Vaccine operations Central Provinces 1886-1899 - 1886-1899
Year: 1886
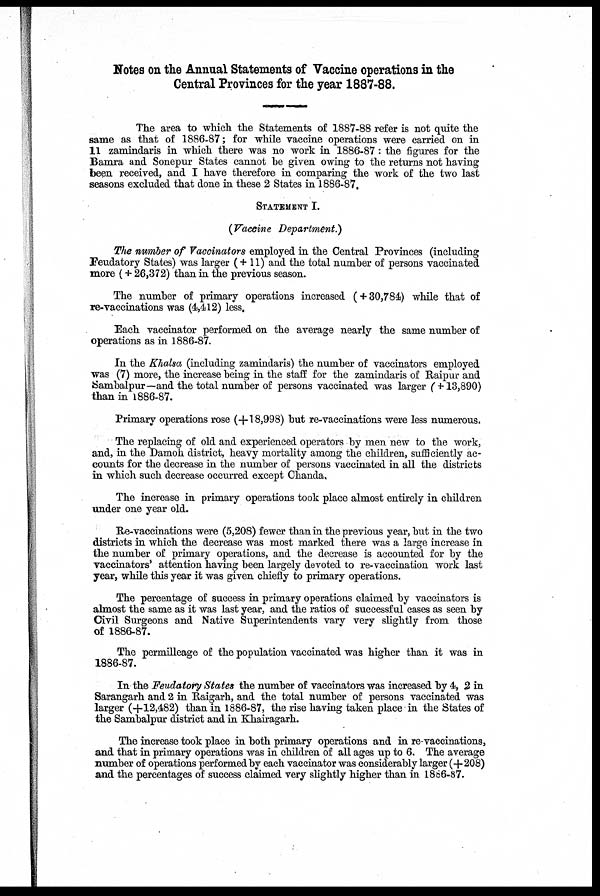
Notes on the Annual Statements of Vaccine operations in the
Central Provinces for the year 1887-88.
The area to which the Statements of 1887-88 refer is not quite the
same as that of 1886-87; for while vaccine operations were carried on in
11 zamindaris in which there was no work in 1886-87 : the figures for the
Bamra and Sonepur States cannot be given owing to the returns not having
been received, and I have therefore in comparing the work of the two last
seasons excluded that done in these 2 States in 1886-87.
STATEMENT I.
(Vaccine Department.)
The number of Vaccinators employed in the Central Provinces (including
Feudatory States) was larger (+11) and the total number of persons vaccinated
more (+ 26,372) than in the previous season.
The number of primary operations increased ( + 30,784) while that of
re-vaccinations was (4,412) less.
Each vaccinator performed on the average nearly the same number of
operations as in 1886-87.
In the Khalsa (including zamindaris) the number of vaccinators employed
was (7) more, the increase being in the staff for the zamindaris of Raipur and
Sambalpur—and the total number of persons vaccinated was larger ( +13,890)
than in 1886-87.
Primary operations rose (+18,998) but re-vaccinations were less numerous.
The replacing of old and experienced operators by men new to the work,
and, in the Damoh district, heavy mortality among the children, sufficiently ac-
counts for the decrease in the number of persons vaccinated in all the districts
in which such decrease occurred except Chanda.
The increase in primary operations took place almost entirely in children
under one year old.
Re-vaccinations were (5,208) fewer than in the previous year, but in the two
districts in which the decrease was most marked there was a large increase in
the number of primary operations, and the decrease is accounted for by the
vaccinators' attention having been largely devoted to re-vaccination work last
year, while this year it was given chiefly to primary operations.
The percentage of success in primary operations claimed by vaccinators is
almost the same as it was last year, and the ratios of successful cases as seen by
Civil Surgeons and Native Superintendents vary very slightly from those
of 1886-87.
The permilleage of the population vaccinated was higher than it was in
1886-87.
In the Feudatory States the number of vaccinators was increased by 4, 2 in
Sarangarh and 2 in Raigarh, and the total number of persons vaccinated was
larger (+12,482) than in 1886-87, the rise having taken place in the States of
the Sambalpur district and in Khairagarh.
The increase took place in both primary operations and in re-vaccinations,
and that in primary operations was in children of all ages up to 6. The average
number of operations performed by each vaccinator was considerably larger (+208)
and the percentages of success claimed very slightly higher than in 1886-87.